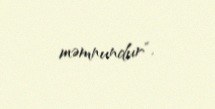
məmnundur”.